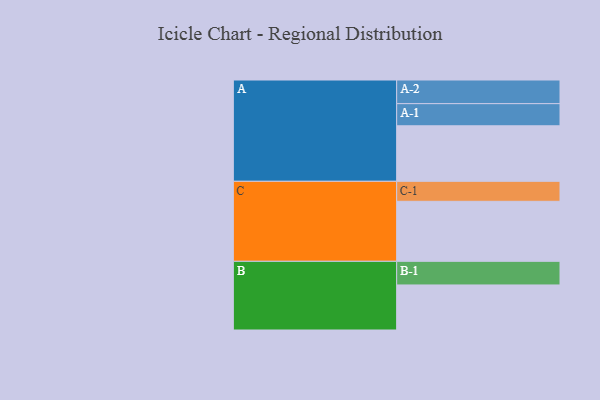
{"axis": {"x": "Segment", "y": "Value"}, "legend": ["", "A", "B", "C"], "data": [{"x": "A", "y": 519, "type": ""}, {"x": "B", "y": 421, "type": ""}, {"x": "C", "y": 561, "type": ""}, {"x": "A-1", "y": 207, "type": "A"}, {"x": "A-2", "y": 221, "type": "A"}, {"x": "B-1", "y": 221, "type": "B"}, {"x": "C-1", "y": 187, "type": "C"}]}